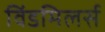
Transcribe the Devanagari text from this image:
विंडमिलर्स